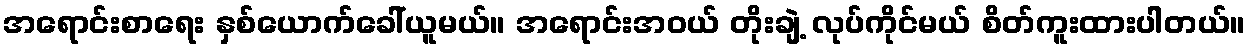
အရောင်းစာရေး နှစ်ယောက်ခေါ်ယူမယ်။ အရောင်းအဝယ် တိုးချဲ့ လုပ်ကိုင်မယ် စိတ်ကူးထားပါတယ်။